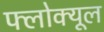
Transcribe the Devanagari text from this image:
फ्लोक्यूल